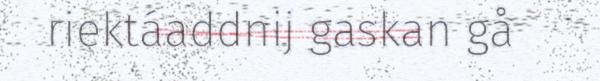
riektáaddnij gaskan gå